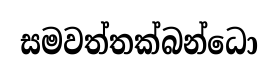
සමවත්තක්බන්ධො